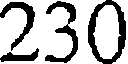
230